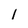
Character: 1